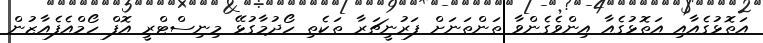
އަތޮޅުގެއާއި އަތޮޅުގެއާ އިންވެގެންވާ ތަންތަނަށް ފަރުނީޗަރާ ތަކެތި ހޯދުމާގުޅޭ މިނިސްޓްރީ އޮފް ހޯމްއެފެއާޒުން